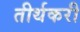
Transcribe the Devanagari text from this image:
तीर्थकरी